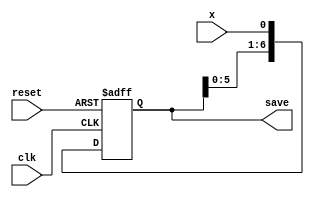
module shift_reg (
    input   clk,
            reset,
            x,
    output reg[6:0] save
);
    // reg [6:0] save;
    always @(posedge clk or negedge reset) begin
        if(!reset)
            save<=7'b0;
        else
            save<={save[5:0],x};
    end
endmodule